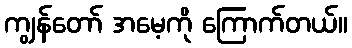
ကျွန်တော် အမေ့ကို ကြောက်တယ်။